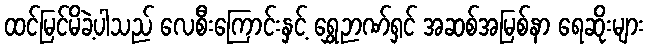
ထင်မြင်မိခဲ့ပါသည် လေစီးကြောင်းနှင့် ရွှေဉာဏ်ရှင် အဆစ်အမြစ်နာ ရေဆိုးများ